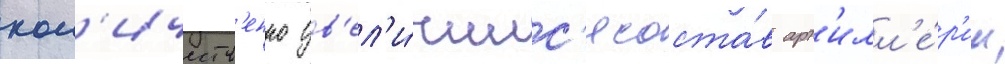
кол'ичеств'енно ув'ел'и́чилс'я соста́в арт'илл'е́р'ии